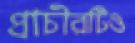
প্রাচীরটিও